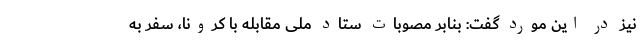
نیز در این مورد گفت: بنابر مصوبات ستاد ملی مقابله با کرونا، سفر به